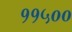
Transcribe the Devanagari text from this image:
११५००